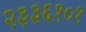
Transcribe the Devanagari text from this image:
२३३६१०१